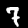
Label: 7